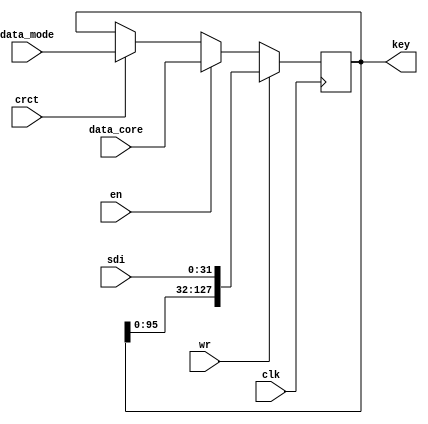
/*
 Designer: Mustafa Khairallah
 Nanyang Technological University
 Singapore
 Date: July, 2021
 */


/*
 This serial to parallel buffer loads the key shares,
 rnd keys and corrected secret keys.
 */

module key_serpar (/*AUTOARG*/
   // Outputs
   key,
   // Inputs
   sdi, data_core, data_mode, wr, clk, en, crct
   ) ;
   parameter kd = 1;
   
   output [128*kd-1:0] key;
   
   input [31:0]       sdi;
   input [128*kd-1:0]  data_core, data_mode;
   input 	      wr, clk, en, crct;

   reg [128*kd-1:0]    bfr;

   assign key = bfr;
   
   always @ (posedge clk) begin
      if (wr) begin
         bfr <= {bfr[128*kd-33:0], 
		 sdi};
      end
      else if (en) begin
         bfr <= data_core;
      end
      else if (crct) begin
	 bfr <= data_mode;
      end
   end
   
endmodule // key_serpar